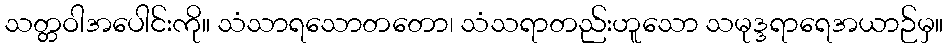
သတ္တဝါအပေါင်းကို။ သံသာရသောတတော၊ သံသရာတည်းဟူသော သမုဒ္ဒရာရေအယာဉ်မှ။